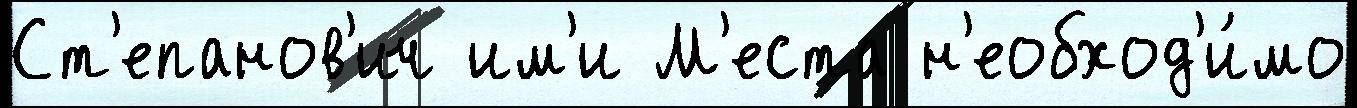
Ст'епанов'ич им'и М'еста н'еобход'и́мо